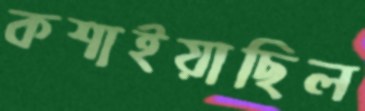
কশাইয়াছিল